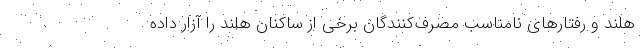
هلند و رفتارهای نامناسب مصرف‌کنندگان برخی از ساکنان هلند را آزار داده